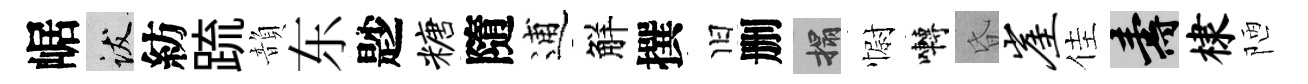
崌跋紡䟽韻东尟糖隨逋觧撰旧删搨𢠢囀昏崖佳壽棣陋